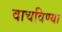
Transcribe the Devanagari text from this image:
वाचविण्या